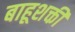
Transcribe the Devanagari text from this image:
बाहूशक्ती